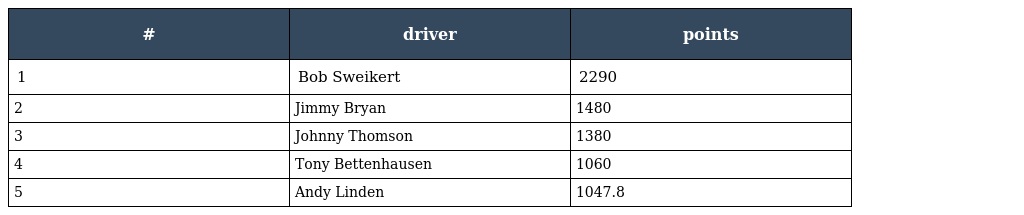
| # | driver | points |
 | --- | --- | --- |
 | 1 | Bob Sweikert | 2290 |
 | 2 | Jimmy Bryan | 1480 |
 | 3 | Johnny Thomson | 1380 |
 | 4 | Tony Bettenhausen | 1060 |
 | 5 | Andy Linden | 1047.8 |